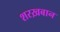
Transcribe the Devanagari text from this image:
शरख़बान